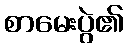
စာမေးပွဲ၏